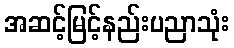
အဆင့်မြင့်နည်းပညာသုံး